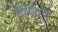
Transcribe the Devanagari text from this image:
वीजाणु